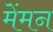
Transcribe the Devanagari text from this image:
मेंमन